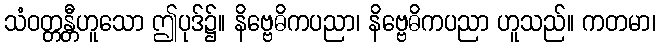
သံဝတ္တန္တီဟူသော ဤပုဒ်၌။ နိဗ္ဗေဓိကပညာ၊ နိဗ္ဗေဓိကပညာ ဟူသည်။ ကတမာ၊